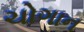
ચોગાન